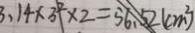
3 . 1 4 \times 3 ^ { 2 } \times 2 = 5 6 . 5 2 ( c m ^ { 2 } )